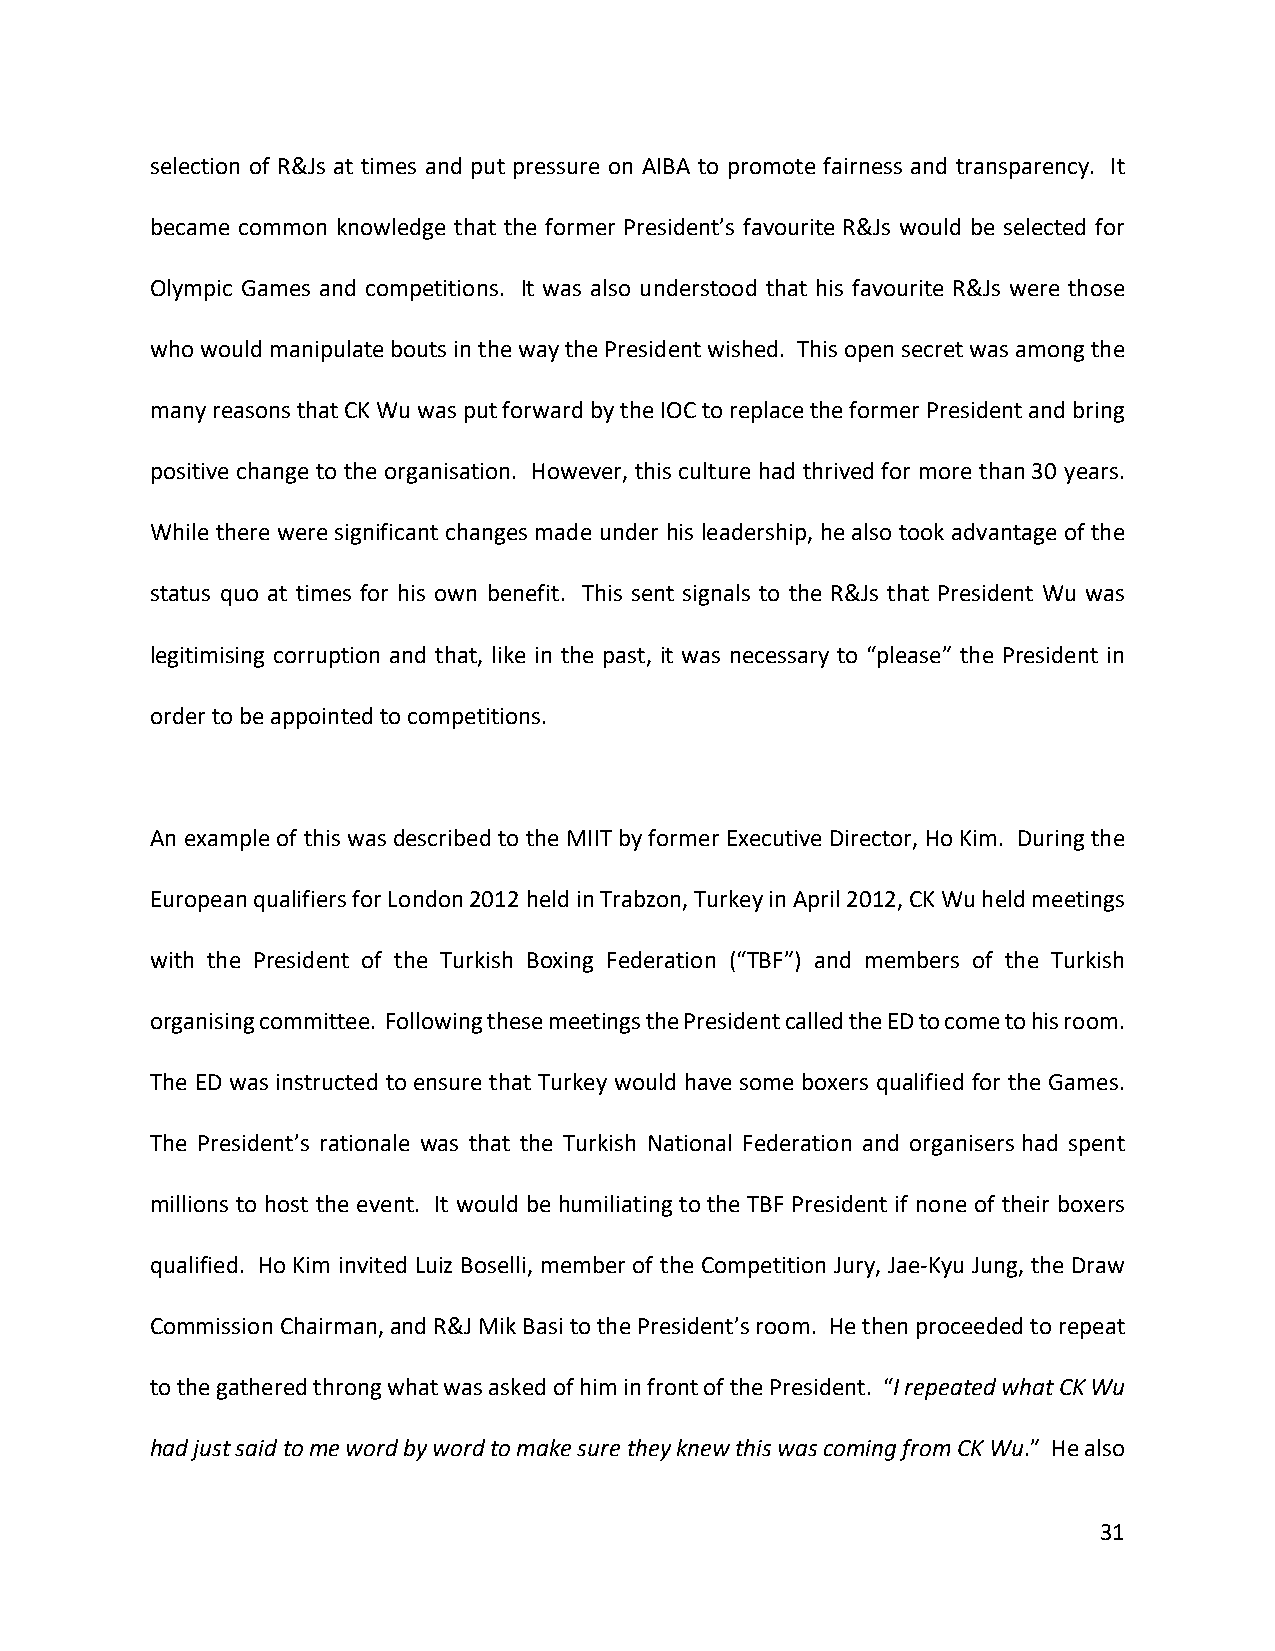
selection of R&Js at times and put pressure on AIBA to promote fairness and transparency. It
 became common knowledge that the former President’s favourite R&Js would be selected for
 Olympic Games and competitions. It was also understood that his favourite R&Js were those
 who would manipulate bouts in the way the President wished. This open secret was among the
 many reasons that CK Wu was put forward by the IOC to replace the former President and bring
 positive change to the organisation. However, this culture had thrived for more than 30 years.
 While there were significant changes made under his leadership, he also took advantage of the
 status quo at times for his own benefit. This sent signals to the R&Js that President Wu was
 legitimising corruption and that, like in the past, it was necessary to “please” the President in
 order to be appointed to competitions.
 An example of this was described to the MIIT by former Executive Director, Ho Kim. During the
 European qualifiers for London 2012 held in Trabzon, Turkey in April 2012, CK Wu held meetings
 with the President of the Turkish Boxing Federation (“TBF”) and members of the Turkish
 organising committee. Following these meetings the President called the ED to come to his room.
 The ED was instructed to ensure that Turkey would have some boxers qualified for the Games.
 The President’s rationale was that the Turkish National Federation and organisers had spent
 millions to host the event. It would be humiliating to the TBF President if none of their boxers
 qualified. Ho Kim invited Luiz Boselli, member of the Competition Jury, Jae-Kyu Jung, the Draw
 Commission Chairman, and R&J Mik Basi to the President’s room. He then proceeded to repeat
 to the gathered throng what was asked of him in front of the President. “I repeated what CK Wu
 had just said to me word by word to make sure they knew this was coming from CK Wu.” He also
 31